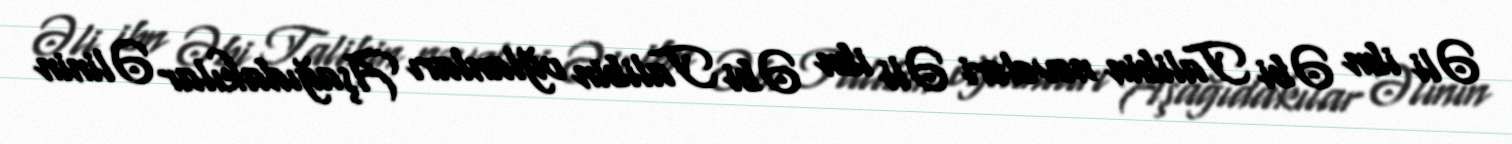
Əli ibn Əbi Talibin nəvələri Əli ibn Əbi Talibin oğlanları Aşağıdakılar Əlinin